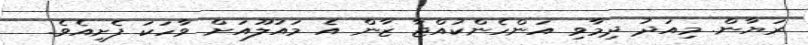
ރަޔާން. މިއަދު ދިމާވި އަންހެންކުއްޖާ ޒާން އެ މައުލޫއަށް ވާހަކަ ފެށިއެވެ.